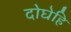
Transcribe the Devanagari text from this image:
दोघेहि